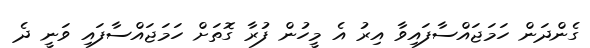
ގެންދަން ހަމަޖައްސާފައިވާ އިރު އެ މީހުން ފުރާ ގޮތަށް ހަމަޖައްސާފައި ވަނީ ދެ